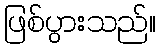
ဖြစ်ပွားသည်။